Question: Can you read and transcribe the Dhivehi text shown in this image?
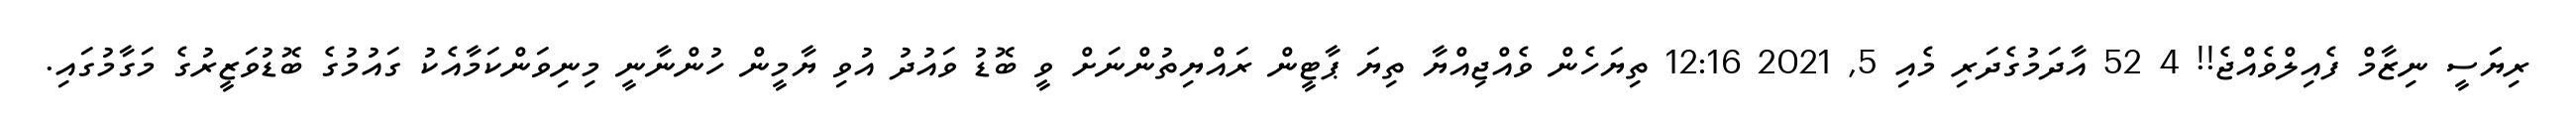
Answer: ރިޔަަސީ ނިޒާމް ފެއިލްވެއްޖެ!! 4 52 އާދަމުގެދަރި މެއި 5, 2021 12:16 ތިޔަހެން ވެއްޖިއްޔާ ތިޔަ ޕާޓީން ރައްޔިތުންނަށް ވީ ބޮޑު ވައުދު އުވި ޔާމީން ހުންނާނީ މިނިވަންކަމާއެކު ގައުމުގެ ބޮޑުވަޒީރުގެ މަގާމުގައި.